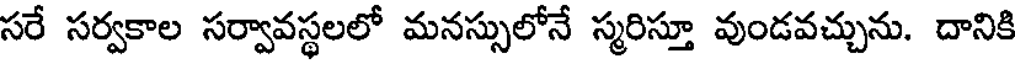
సరే సర్వకాల సర్వావస్థలలో మనస్సులోనే స్మరిస్తూ వుండవచ్చును. దానికి